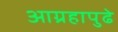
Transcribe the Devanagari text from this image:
आग्रहापुढे